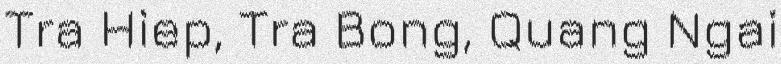
Tra Hiep, Tra Bong, Quang Ngai